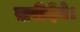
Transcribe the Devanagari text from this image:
ख़रीदेंगे।